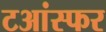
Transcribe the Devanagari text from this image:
टआंस्फर